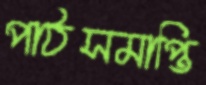
পাঠসমাপ্তি